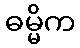
ဓမ္မိက